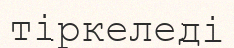
тіркеледі